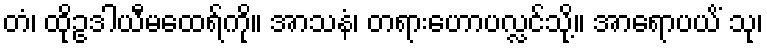
တံ၊ ထိုဥဒါယီမထေရ်ကို။ အာသနံ၊ တရားဟောပလ္လင်သို့။ အာရောပယိံ သု၊